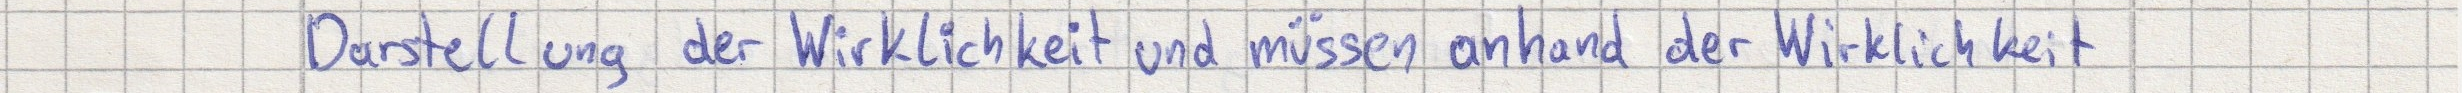
Darstellung der Wirklichkeit und müssen anhand der Wirklichkeit